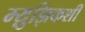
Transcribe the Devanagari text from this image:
म्य़ुझिकशी